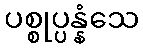
ပစ္စုပ္ပန္နံသေ